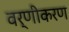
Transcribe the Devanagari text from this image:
वर्णीकरण